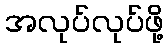
အလုပ်လုပ်ဖို့